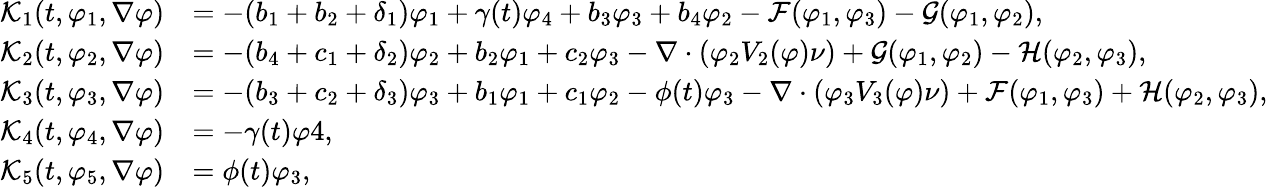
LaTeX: \begin{array}{rl}{\mathcal{K}_{1}(t,\varphi_{1},\nabla\varphi)}&{=-(b_{1}+b_{2}+\delta_{1})\varphi_{1}+\gamma(t)\varphi_{4}+b_{3}\varphi_{3}+b_{4}\varphi_{2}-\mathcal{F}(\varphi_{1},\varphi_{3})-\mathcal{G}(\varphi_{1},\varphi_{2}),}\\ {\mathcal{K}_{2}(t,\varphi_{2},\nabla\varphi)}&{=-(b_{4}+c_{1}+\delta_{2})\varphi_{2}+b_{2}\varphi_{1}+c_{2}\varphi_{3}-\nabla\cdot(\varphi_{2}V_{2}(\varphi)\nu)+\mathcal{G}(\varphi_{1},\varphi_{2})-\mathcal{H}(\varphi_{2},\varphi_{3}),}\\ {\mathcal{K}_{3}(t,\varphi_{3},\nabla\varphi)}&{=-(b_{3}+c_{2}+\delta_{3})\varphi_{3}+b_{1}\varphi_{1}+c_{1}\varphi_{2}-\phi(t)\varphi_{3}-\nabla\cdot(\varphi_{3}V_{3}(\varphi)\nu)+\mathcal{F}(\varphi_{1},\varphi_{3})+\mathcal{H}(\varphi_{2},\varphi_{3}),}\\ {\mathcal{K}_{4}(t,\varphi_{4},\nabla\varphi)}&{=-\gamma(t)\varphi 4,}\\ {\mathcal{K}_{5}(t,\varphi_{5},\nabla\varphi)}&{=\phi(t)\varphi_{3},}\end{array}